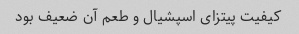
کیفیت پیتزای اسپشیال و طعم آن ضعیف بود